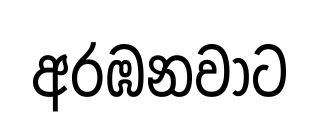
අරඹනවාට